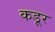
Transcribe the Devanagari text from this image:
कडूर